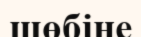
шөбіне